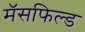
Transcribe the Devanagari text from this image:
मॅसफिल्ड